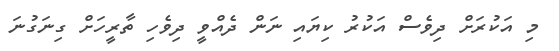
މި އަކުރަށް ދިވެސް އަކުރު ކިޔައި ނަން ދެއްވީ ދިވެހި ތާރީހަށް ގިނަގުނަ